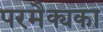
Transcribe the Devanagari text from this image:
परमैक्यका